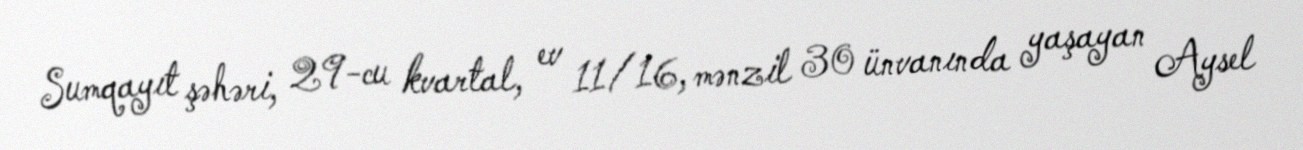
Sumqayıt şəhəri, 29-cu kvartal, ev 11/16, mənzil 30 ünvanında yaşayan Aysel